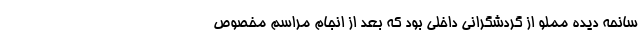
سانحه دیده مملو از گردشگرانی داخلی بود که بعد از انجام مراسم مخصوص